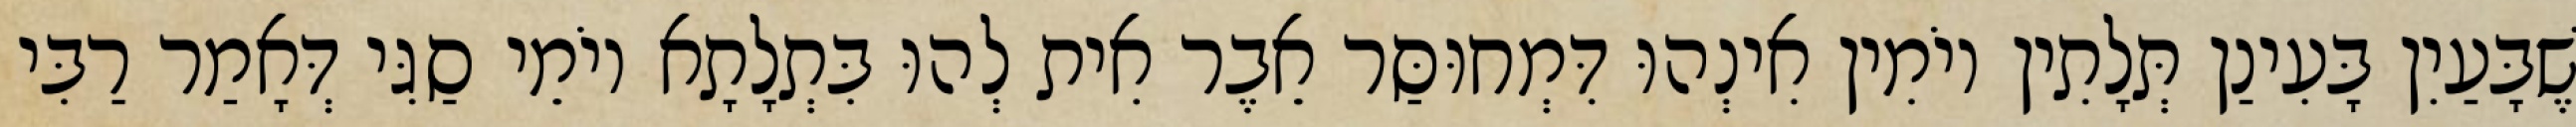
שֶׁבָּעַיִן בָּעִינַן תְּלָתִין יוֹמִין אִינְהוּ דִּמְחוּסַּר אֵבֶר אִית לְהוּ בִּתְלָתָא יוֹמֵי סַגִּי דְּאָמַר רַבִּי